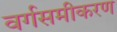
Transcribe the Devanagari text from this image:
वर्गसमीकरण